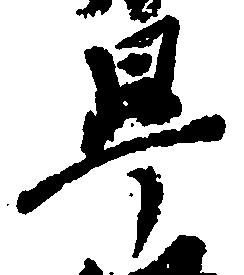
早